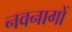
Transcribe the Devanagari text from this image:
नवनागों